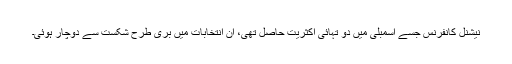
نیشنل کانفرنس جسے اسمبلی میں دو تہائی اکثریت حاصل تھی، ان انتخابات میں بری طرح شکست سے دوچار ہوئی۔